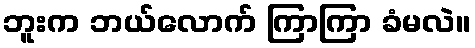
ဘူးက ဘယ်လောက် ကြာကြာ ခံမလဲ။